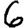
Digit: 6